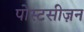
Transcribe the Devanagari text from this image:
पोस्टसीज़न